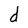
Character: d